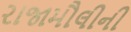
રાજામૌલીની